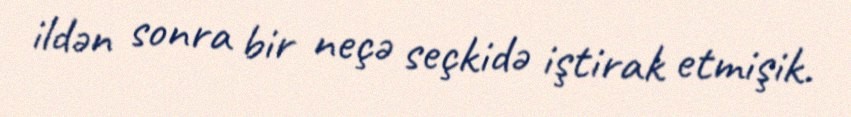
ildən sonra bir neçə seçkidə iştirak etmişik.